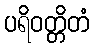
ပရိဝတ္တိတံ